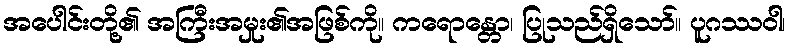
အပေါင်းတို့၏ အကြီးအမှုး၏အဖြစ်ကို။ ကရောန္တော၊ ပြုသည်ရှိသော်။ ပူဂဿဝါ၊